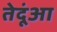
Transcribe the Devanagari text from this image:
तेदूंआ